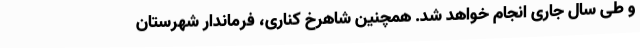
و طی سال جاری انجام خواهد شد. همچنین شاهرخ کناری، فرماندار شهرستان